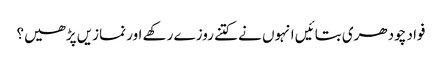
فواد چودھری بتائیں انہوں نے کتنے روزے رکھے اور نمازیں پڑھیں؟